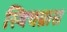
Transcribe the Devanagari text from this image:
स्विचग्रास